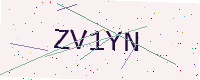
Text: ZV1YN